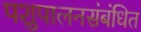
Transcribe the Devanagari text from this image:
पशुपालनसंबंधित